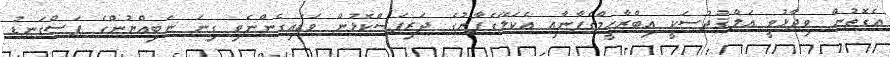
އެގޮތުން ވިދާޅުވީ އަލްޤުދުސަކީ އިބްރާހީމްގެފާނާއި އެކަލޭގެފާނުގެ ދަރިފަސްކޮޅުން ވަޑައިގެންނެވި ގިނަ ނަބިއްޔުންގެ ފަސްގަނޑު